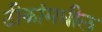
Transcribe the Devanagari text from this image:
टीकांमधील